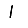
Digit: 1